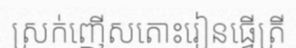
ស្រក់ញើសតោះរៀនធ្វើត្រី